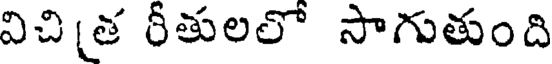
విచిత రీతులలో సాగుతుంది